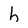
Character: h